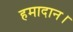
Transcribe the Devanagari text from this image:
हमादान।